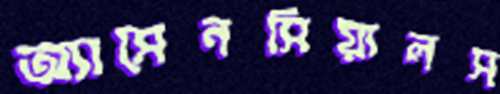
অ্যাসেনসিয়ালস